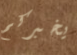
يخبركم